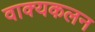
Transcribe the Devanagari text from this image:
वाक्यकलन